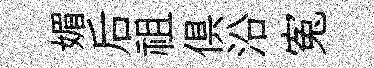
媚后祖俱沿寃